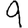
Digit: 9